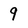
Character: 9